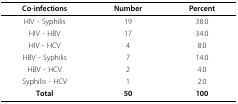
<table><thead><tr><td><b>Co-infections</b></td><td><b>Number</b></td><td><b>Percent</b></td></tr></thead><tbody><tr><td>HIV - Syphilis</td><td>19</td><td>38.0</td></tr><tr><td>HIV - HBV</td><td>17</td><td>34.0</td></tr><tr><td>HIV - HCV</td><td>4</td><td>8.0</td></tr><tr><td>HBV - Syphilis</td><td>7</td><td>14.0</td></tr><tr><td>HBV - HCV</td><td>2</td><td>4.0</td></tr><tr><td>Syphilis - HCV</td><td>1</td><td>2.0</td></tr><tr><td><b>Total</b></td><td><b>50</b></td><td><b>100</b></td></tr></tbody></table>